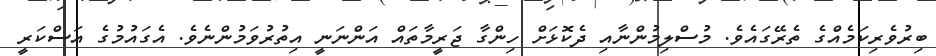
ބިރުވެރިކަމެއްގެ ތެރޭގައެވެ. މުސްލިމުންނާއި ދެކޮޅަށް ހިންގާ ޖަރީމާތައް އަންނަނީ އިތުރުވަމުންނެވެ. އެގައުމުގެ އަސްކަރީ